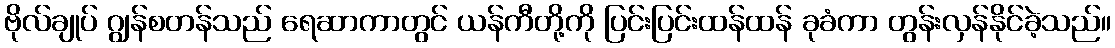
ဗိုလ်ချုပ် ဂျွန်စတန်သည် ရေဆာကာတွင် ယန်ကီတို့ကို ပြင်းပြင်းထန်ထန် ခုခံကာ တွန်းလှန်နိုင်ခဲ့သည်။